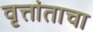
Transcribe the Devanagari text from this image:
वृत्तांताचा